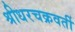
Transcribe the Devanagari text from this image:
श्रीधरचक्रवर्ती